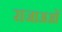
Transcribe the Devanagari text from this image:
राजाअओं